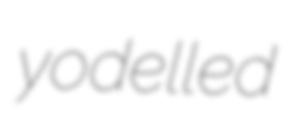
yodelled